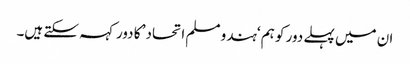
ان میں پہلے دور کو ہم ‘ہندو مسلم اتحاد’ کا دور کہہ سکتے ہیں۔